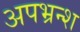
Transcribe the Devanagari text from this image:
अपभ्रन्‍श